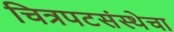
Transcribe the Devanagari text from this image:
चित्रपटसंस्थेचा